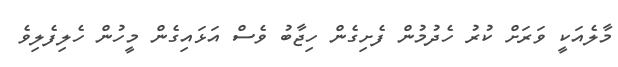
މާލެއަކީ ވަރަށް ކުރު ހެދުމުން ފެށިގެން ހިޖާބު ވެސް އަޅައިގެން މީހުން ހެލިފެލިވެ